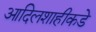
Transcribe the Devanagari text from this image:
आदिलशाहीकडे